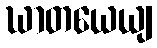
ဃာတယေယျ